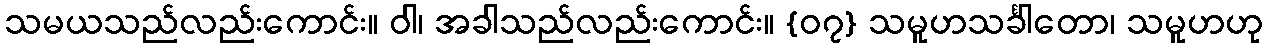
သမယသည်လည်းကောင်း။ ဝါ၊ အခါသည်လည်းကောင်း။ {၀၇} သမူဟသင်္ခါတော၊ သမူဟဟု